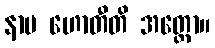
နာမ ဟောတီတိ အတ္ထော။